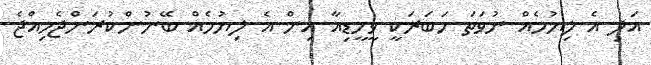
އަދި އެ ލިޔުމެއް ނުވަތަ ހަބަރަކީ ވީމީޑިއާ އިން އެ ލިޔުމެއް ބޭނުންކުރަންޖެހިއްޖެ